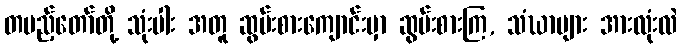
တပည့်တော်တို့ သုံးပါး အတူ ဆွမ်းစားကျောင်းမှာ ဆွမ်းစားကြ, သံဃာများ အားလုံးလဲ